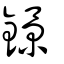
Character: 鐛